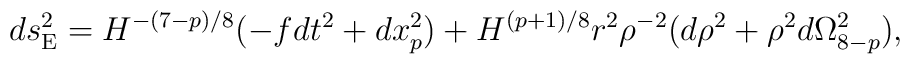
ds^2_{\rm E}=H^{-(7-p)/8}(-fdt^2 +dx_p^2) +H^{(p+1)/8}r^2 \rho^{-2}   (d\rho^2 +\rho^2d\Omega^2_{8-p}),